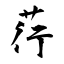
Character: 荇